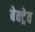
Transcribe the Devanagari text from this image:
बेक्ट्रेव